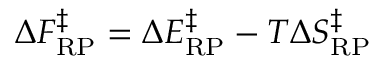
\Delta F _ { \mathrm { R P } } ^ { \ddagger } = \Delta E _ { \mathrm { R P } } ^ { \ddagger } - T \Delta S _ { \mathrm { R P } } ^ { \ddagger }